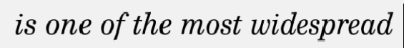
is one of the most widespread